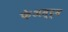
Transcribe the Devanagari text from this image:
फेअस्ट्स